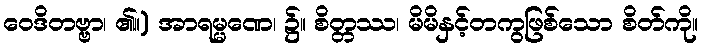
ဝေဒိတဗ္ဗာ၊ ၏။) အာရမ္မဏေ၊ ၌။ စိတ္တဿ၊ မိမိနှင့်တကွဖြစ်သော စိတ်ကို။